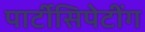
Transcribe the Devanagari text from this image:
पार्टीसिपेटींग